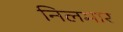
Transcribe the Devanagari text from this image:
निलमार